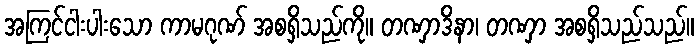
အကြင်ငါးပါးသော ကာမဂုဏ် အစရှိသည်ကို။ တဏှာဒိနာ၊ တဏှာ အစရှိသည်သည်။